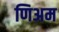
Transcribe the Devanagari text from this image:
णिअम